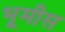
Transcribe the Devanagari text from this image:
भूमीस